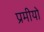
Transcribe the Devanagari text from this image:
प्रमीयो